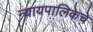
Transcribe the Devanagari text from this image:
न्यायपालिकेचे